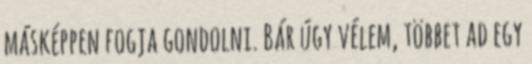
másképpen fogja gondolni. Bár úgy vélem, többet ad egy